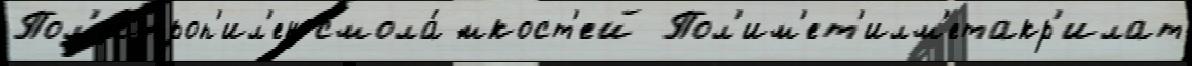
Пол'ипроп'ил'ен смола́ ́мкост'ей Пол'им'ет'илм'етакр'илат